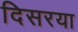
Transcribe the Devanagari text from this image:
दिसरया